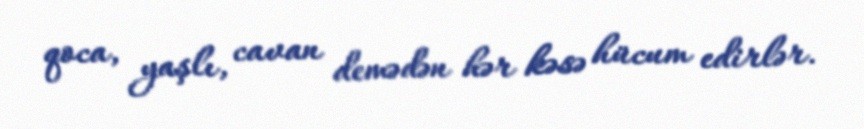
qoca, yaşlı, cavan demədən hər kəsə hücum edirlər.